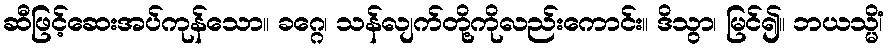
ဆီဖြင့်ဆေးအပ်ကုန်သော။ ခဂ္ဂေ၊ သန်လျက်တို့ကိုလည်းကောင်း။ ဒိသွာ၊ မြင်၍။ ဘယသ္မိံ၊